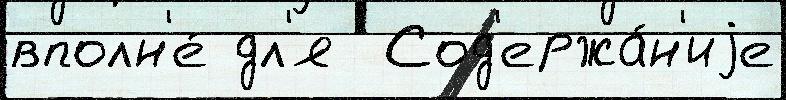
вполн'е́ дл'я  Сод'ержа́н'иjе